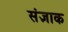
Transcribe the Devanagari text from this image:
संज्ञाक